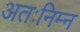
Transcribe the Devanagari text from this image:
अतःनिम्न